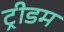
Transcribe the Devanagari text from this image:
ट्रीडम